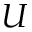
U